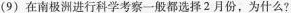
(9) 在南极洲进行科学考察一般都选择2月份，为什么?